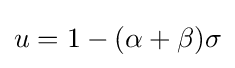
u=1-(\alpha +\beta )\sigma